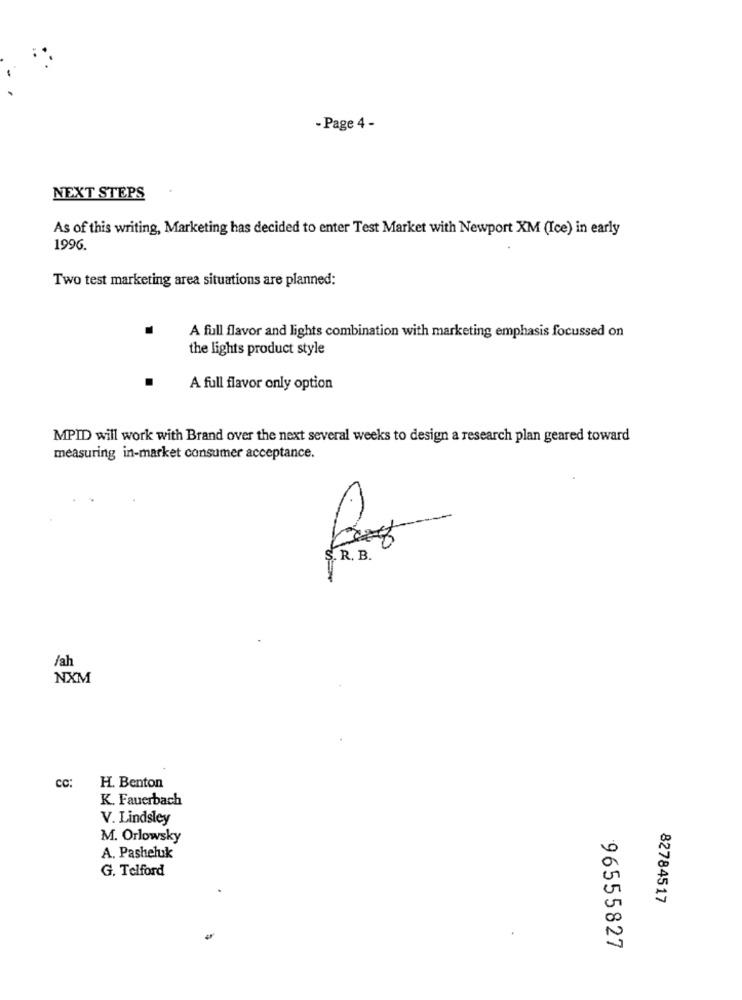
- Page 4 -
NEXT STEPS
As of this writing, Marketing has decided to enter Test Market with Newport XM (Ice) in early
1996.
Two test marketing area situations are planned:
A full flavor and lights combination with marketing emphasis focussed on
the lights product style
A full flavor only option
MPID will work with Brand over the next several weeks to design a research plan geared toward
measuring in-market consumer acceptance.
S. R. B.
/ah
NXM
cc:
H. Benton
K. Fauerbach
V. Lindsley
M. Orlowsky
A. Pasheluk
G. Telford
82784517
96555827